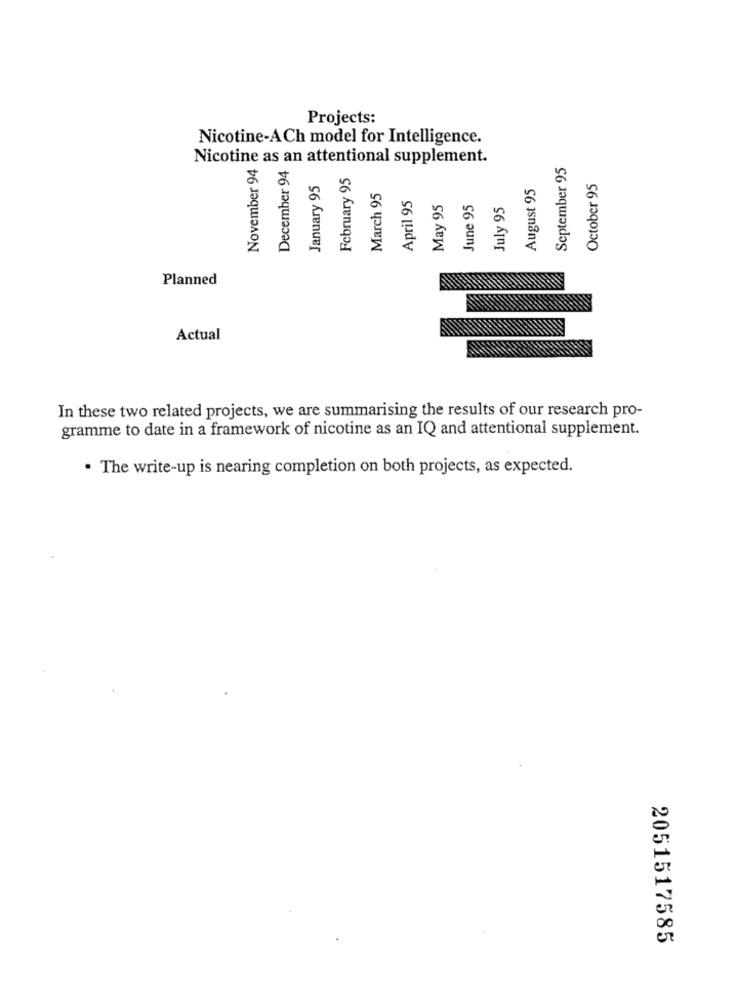
Projects:
Nicotine-ACh model for Intelligence.
Nicotine as an attentional supplement.
November 94
September 95
December 94
February 95
January 95
August 95
October 95
March 95
April 95
May 95
June 95
July 95
Planned
Actual
In these two related projects, we are summarising the results of our research pro-
gramme to date in a framework of nicotine as an IQ and attentional supplement.
· The write-up is nearing completion on both projects, as expected.
2051517585